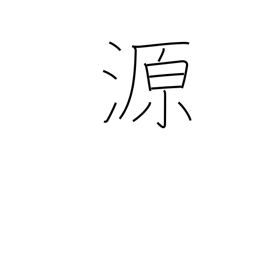
Meaning: source